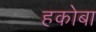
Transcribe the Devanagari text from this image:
हकोबा